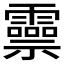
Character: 𬰑